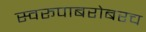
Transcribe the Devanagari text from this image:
स्वरूपाबरोबरच